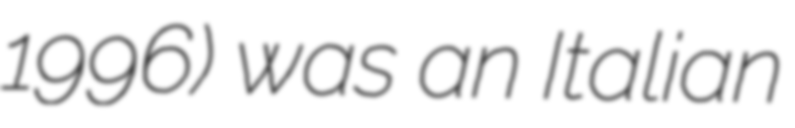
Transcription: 1996) was an Italian